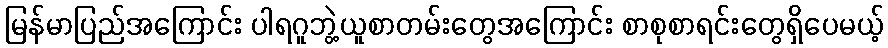
မြန်မာပြည်အကြောင်း ပါရဂူဘွဲ့ယူစာတမ်းတွေအကြောင်း စာစုစာရင်းတွေရှိပေမယ့်